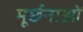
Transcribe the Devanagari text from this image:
मूर्छनाओं